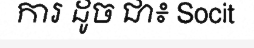
ការ ដូច ជា៖ Socit